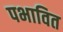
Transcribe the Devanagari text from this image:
पभावित